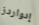
إدواردز